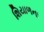
શિયાળના